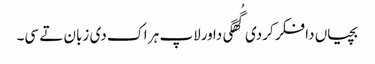
بچیاں دا فکر کردی گُھگی دا ورلاپ ہر اک دی زبان تے سی۔